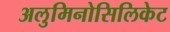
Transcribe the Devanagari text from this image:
अलुमिनोसिलिकेट